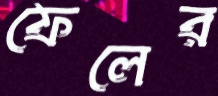
ফেলের